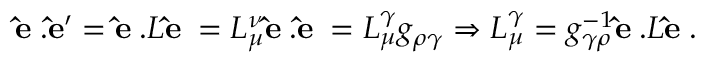
{ \bf \hat { e } _ { \rho } . \hat { e } _ { \mu } ^ { \prime } } = { \bf \hat { e } _ { \rho } . } L { \bf \hat { e } _ { \mu } } = L _ { \mu } ^ { \nu } { \bf \hat { e } _ { \rho } . \hat { e } _ { \nu } } = L _ { \mu } ^ { \gamma } g _ { \rho \gamma } \Rightarrow { L } _ { \mu } ^ { \gamma } = g _ { \gamma \rho } ^ { - 1 } { \bf \hat { e } _ { \rho } . } L { \bf \hat { e } _ { \mu } } .